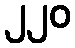
၂၂၀